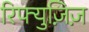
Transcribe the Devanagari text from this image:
रिफ्युज़िज़